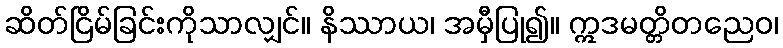
ဆိတ်ငြိမ်ခြင်းကိုသာလျှင်။ နိဿာယ၊ အမှီပြု၍။ ဣဒမတ္တိတညေဝ၊